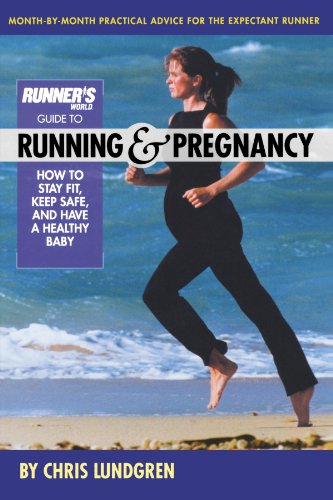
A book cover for Runner's World Guide to Running and Pregnancy: How to Stay Fit, Keep Safe, and Have a Healthy Baby; Chris Lundgren; Health, Fitness & Dieting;